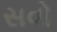
સવો